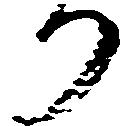
り